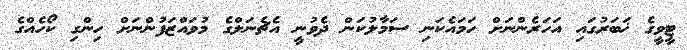
ޓީވީގެ ޚަބަރުގައި އަހަރެންނަށް ހަމައެކަނި ސަމާލުކަން ދެވުނީ އެޗެނަލްގެ މުވައްޒަފުންނަށް ހިންގި ކޯހެއްގެ